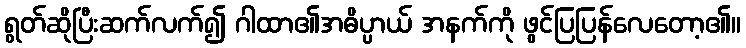
ရွတ်ဆိုပြီးဆက်လက်၍ ဂါထာ၏အဓိပ္ပာယ် အနက်ကို ဖွင်ပြပြန်လေတော့၏။